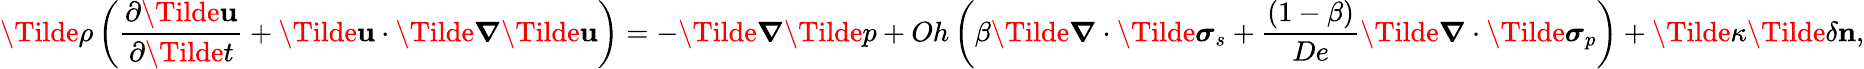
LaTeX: \Tilde{\rho}\left(\frac{\partial\mathbf{\Tilde{u}}}{\partial\Tilde{t}}+\mathbf{\Tilde{u}}\cdot\Tilde{\boldsymbol{\nabla}}\mathbf{\Tilde{u}}\right)=-\Tilde{\boldsymbol{\nabla}}\Tilde{p}+Oh\left(\beta\Tilde{\boldsymbol{\nabla}}\cdot\boldsymbol{\Tilde{\sigma}}_{s}+\frac{\left(1-\beta\right)}{De}\Tilde{\boldsymbol{\nabla}}\cdot\boldsymbol{\Tilde{\sigma}}_{p}\right)+\Tilde{\kappa}\Tilde{\delta}\mathbf{n},